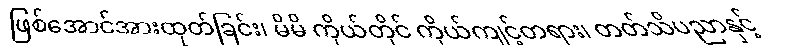
ဖြစ်အောင်အားထုတ်ခြင်း၊ မိမိ ကိုယ်တိုင် ကိုယ်ကျင့်တရား၊ တတ်သိပညာနှင့်